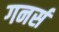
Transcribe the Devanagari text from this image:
गनर्स